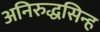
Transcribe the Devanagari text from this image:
अनिरुद्धसिन्ह